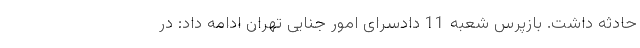
حادثه داشت. بازپرس شعبه 11 دادسرای امور جنایی تهران ادامه داد: در